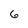
Character: 6